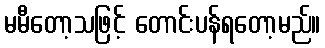
မမီတော့သဖြင့် တောင်းပန်ရတော့မည်။